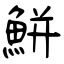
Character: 鮩